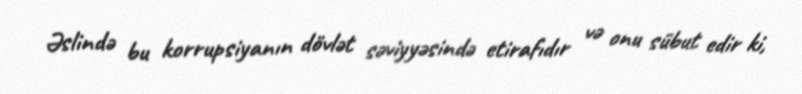
Əslində bu korrupsiyanın dövlət səviyyəsində etirafıdır və onu sübut edir ki,